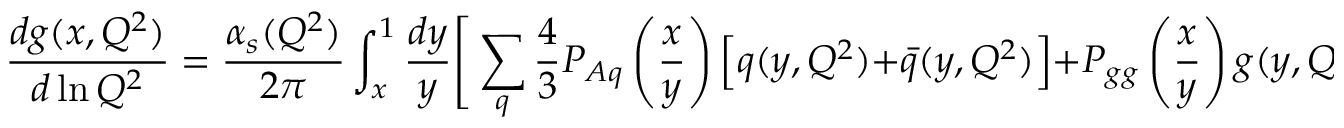
\frac { d g ( x , Q ^ { 2 } ) } { d \ln Q ^ { 2 } } = { \frac { \alpha _ { s } ( Q ^ { 2 } ) } { 2 \pi } } \int _ { x } ^ { 1 } \frac { d y } { y } \Bigg [ \sum _ { q } { \frac { 4 } { 3 } } P _ { A q } \left( \frac { x } { y } \right) \Big [ q ( y , Q ^ { 2 } ) + \bar { q } ( y , Q ^ { 2 } ) \Big ] + P _ { g g } \left( \frac { x } { y } \right) g ( y , Q ^ { 2 } ) \Bigg ] ,